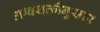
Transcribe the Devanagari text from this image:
अश्वशक्तीनुसार